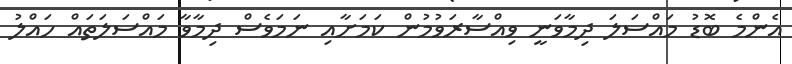
އެންމެ ބޮޑު މައްސަލަ ދިމާވަނީ ވިއްސާރަވުމުން ކަމަށާއި ނަމަވެސް ދިމާވާ މައްސަލަތައް ހައްލު